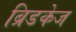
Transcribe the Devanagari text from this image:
ब्रिडकेज